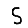
Digit: 5